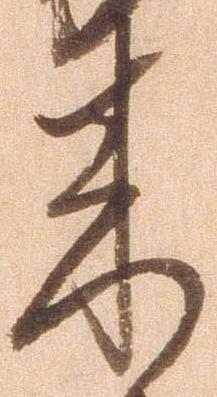
来